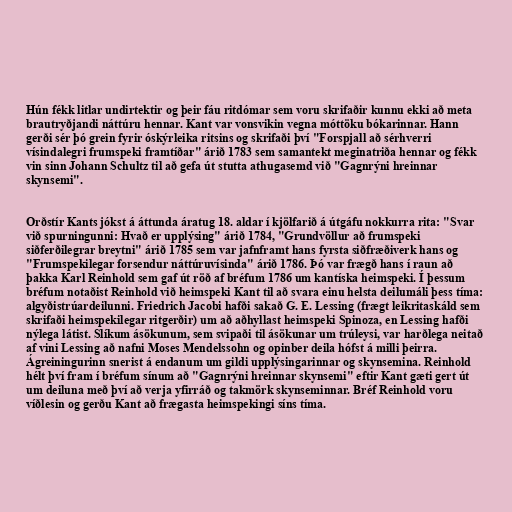
Hún fékk litlar undirtektir og þeir fáu ritdómar sem voru skrifaðir kunnu ekki að meta
brautryðjandi náttúru hennar. Kant var vonsvikin vegna móttöku bókarinnar. Hann
gerði sér þó grein fyrir óskýrleika ritsins og skrifaði því "Forspjall að sérhverri
vísindalegri frumspeki framtíðar" árið 1783 sem samantekt meginatriða hennar og fékk
vin sinn Johann Schultz til að gefa út stutta athugasemd við "Gagnrýni hreinnar
skynsemi".

Orðstír Kants jókst á áttunda áratug 18. aldar í kjölfarið á útgáfu nokkurra rita: "Svar
við spurningunni: Hvað er upplýsing" árið 1784, "Grundvöllur að frumspeki
siðferðilegrar breytni" árið 1785 sem var jafnframt hans fyrsta siðfræðiverk hans og
"Frumspekilegar forsendur náttúruvísinda" árið 1786. Þó var frægð hans í raun að
þakka Karl Reinhold sem gaf út röð af bréfum 1786 um kantíska heimspeki. Í þessum
bréfum notaðist Reinhold við heimspeki Kant til að svara einu helsta deilumáli þess tíma:
algyðistrúardeilunni. Friedrich Jacobi hafði sakað G. E. Lessing (frægt leikritaskáld sem
skrifaði heimspekilegar ritgerðir) um að aðhyllast heimspeki Spinoza, en Lessing hafði
nýlega látist. Slíkum ásökunum, sem svipaði til ásökunar um trúleysi, var harðlega neitað
af vini Lessing að nafni Moses Mendelssohn og opinber deila hófst á milli þeirra.
Ágreiningurinn snerist á endanum um gildi upplýsingarinnar og skynsemina. Reinhold
hélt því fram í bréfum sínum að "Gagnrýni hreinnar skynsemi" eftir Kant gæti gert út
um deiluna með því að verja yfirráð og takmörk skynseminnar. Bréf Reinhold voru
víðlesin og gerðu Kant að frægasta heimspekingi síns tíma.